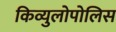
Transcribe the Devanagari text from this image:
किव्युलोपोलिस